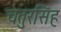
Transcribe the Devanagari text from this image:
चतुरसिंह